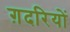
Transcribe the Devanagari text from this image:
ग़दरियों